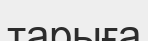
тарыға